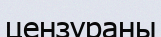
цензураны